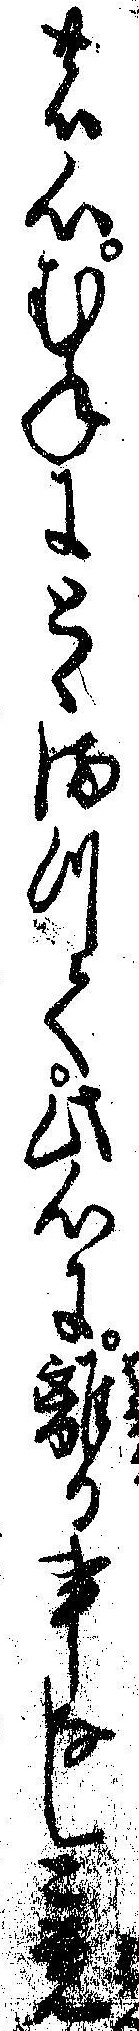
の心むねにとゝまつて此心に離る事なしと覚